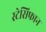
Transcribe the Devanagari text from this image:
स्टेसिफान